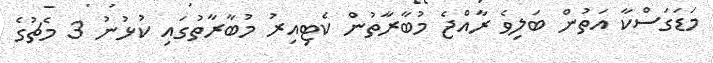
މަޑަގަސްކާ އަތުން ބަލިވެ ރާއްޖެ މުބާރާތުން ކެޓިއިރު މުބާރާތުގައި ކުޅުނު 3 މެޗުގެ